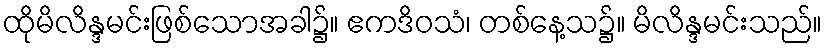
ထိုမိလိန္ဒမင်းဖြစ်သောအခါ၌။ ဧကဒိဝသံ၊ တစ်နေ့သ၌။ မိလိန္ဒမင်းသည်။